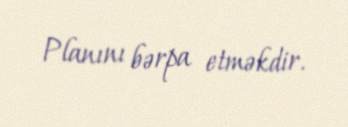
Planını bərpa etməkdir.